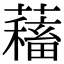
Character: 𧁃